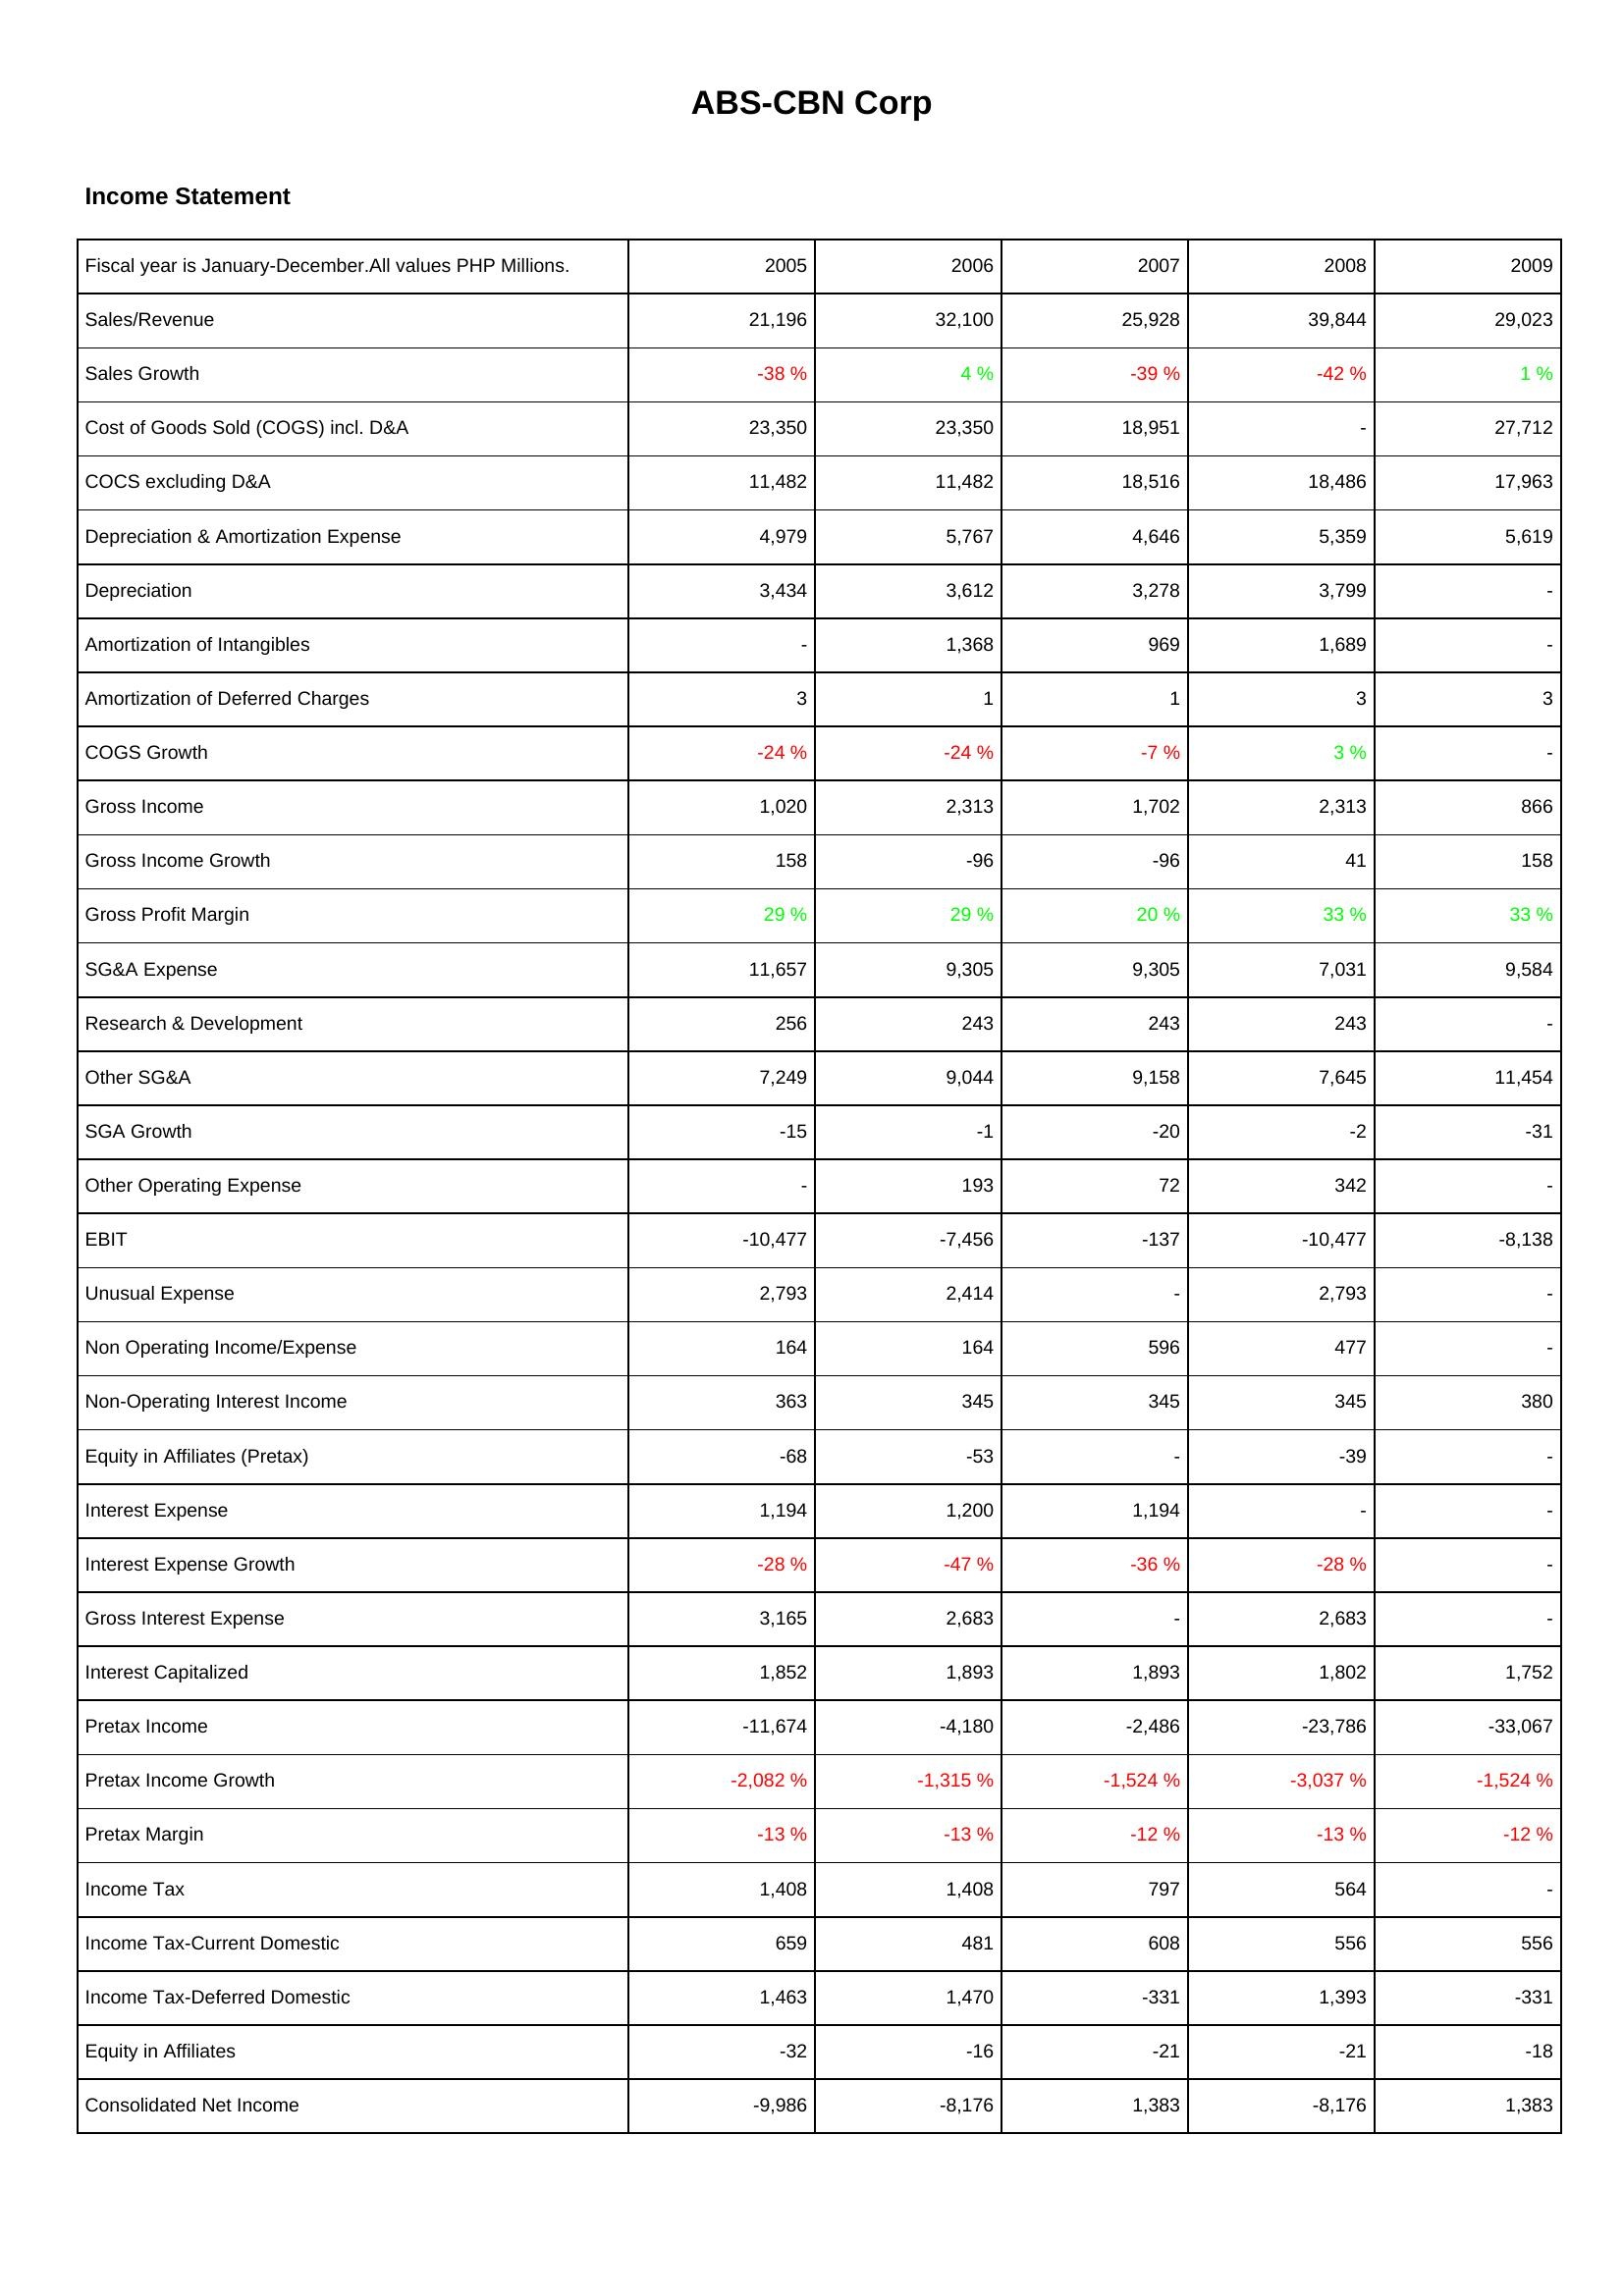
2005: Income Statement: Sales/Revenue: 21,196
Sales Growth: -38 %
Cost of Goods Sold (COGS) incl. D&A: 23,350
COCS excluding D&A: 11,482
Depreciation & Amortization Expense: 4,979
Depreciation: 3,434
Amortization of Intangibles: -
Amortization of Deferred Charges: 3
COGS Growth: -24 %
Gross Income: 1,020
Gross Income Growth: 158
Gross Profit Margin: 29 %
SG&A Expense: 11,657
Research & Development: 256
Other SG&A: 7,249
SGA Growth: -15
Other Operating Expense: -
EBIT: -10,477
Unusual Expense: 2,793
Non Operating Income/Expense: 164
Non-Operating Interest Income: 363
Equity in Affiliates (Pretax): -68
Interest Expense: 1,194
Interest Expense Growth: -28 %
Gross Interest Expense: 3,165
Interest Capitalized: 1,852
Pretax Income: -11,674
Pretax Income Growth: -2,082 %
Pretax Margin: -13 %
Income Tax: 1,408
Income Tax-Current Domestic: 659
Income Tax-Deferred Domestic: 1,463
Equity in Affiliates: -32
Consolidated Net Income: -9,986
2006: Income Statement: Sales/Revenue: 32,100
Sales Growth: 4 %
Cost of Goods Sold (COGS) incl. D&A: 23,350
COCS excluding D&A: 11,482
Depreciation & Amortization Expense: 5,767
Depreciation: 3,612
Amortization of Intangibles: 1,368
Amortization of Deferred Charges: 1
COGS Growth: -24 %
Gross Income: 2,313
Gross Income Growth: -96
Gross Profit Margin: 29 %
SG&A Expense: 9,305
Research & Development: 243
Other SG&A: 9,044
SGA Growth: -1
Other Operating Expense: 193
EBIT: -7,456
Unusual Expense: 2,414
Non Operating Income/Expense: 164
Non-Operating Interest Income: 345
Equity in Affiliates (Pretax): -53
Interest Expense: 1,200
Interest Expense Growth: -47 %
Gross Interest Expense: 2,683
Interest Capitalized: 1,893
Pretax Income: -4,180
Pretax Income Growth: -1,315 %
Pretax Margin: -13 %
Income Tax: 1,408
Income Tax-Current Domestic: 481
Income Tax-Deferred Domestic: 1,470
Equity in Affiliates: -16
Consolidated Net Income: -8,176
2007: Income Statement: Sales/Revenue: 25,928
Sales Growth: -39 %
Cost of Goods Sold (COGS) incl. D&A: 18,951
COCS excluding D&A: 18,516
Depreciation & Amortization Expense: 4,646
Depreciation: 3,278
Amortization of Intangibles: 969
Amortization of Deferred Charges: 1
COGS Growth: -7 %
Gross Income: 1,702
Gross Income Growth: -96
Gross Profit Margin: 20 %
SG&A Expense: 9,305
Research & Development: 243
Other SG&A: 9,158
SGA Growth: -20
Other Operating Expense: 72
EBIT: -137
Unusual Expense: -
Non Operating Income/Expense: 596
Non-Operating Interest Income: 345
Equity in Affiliates (Pretax): -
Interest Expense: 1,194
Interest Expense Growth: -36 %
Gross Interest Expense: -
Interest Capitalized: 1,893
Pretax Income: -2,486
Pretax Income Growth: -1,524 %
Pretax Margin: -12 %
Income Tax: 797
Income Tax-Current Domestic: 608
Income Tax-Deferred Domestic: -331
Equity in Affiliates: -21
Consolidated Net Income: 1,383
2008: Income Statement: Sales/Revenue: 39,844
Sales Growth: -42 %
Cost of Goods Sold (COGS) incl. D&A: -
COCS excluding D&A: 18,486
Depreciation & Amortization Expense: 5,359
Depreciation: 3,799
Amortization of Intangibles: 1,689
Amortization of Deferred Charges: 3
COGS Growth: 3 %
Gross Income: 2,313
Gross Income Growth: 41
Gross Profit Margin: 33 %
SG&A Expense: 7,031
Research & Development: 243
Other SG&A: 7,645
SGA Growth: -2
Other Operating Expense: 342
EBIT: -10,477
Unusual Expense: 2,793
Non Operating Income/Expense: 477
Non-Operating Interest Income: 345
Equity in Affiliates (Pretax): -39
Interest Expense: -
Interest Expense Growth: -28 %
Gross Interest Expense: 2,683
Interest Capitalized: 1,802
Pretax Income: -23,786
Pretax Income Growth: -3,037 %
Pretax Margin: -13 %
Income Tax: 564
Income Tax-Current Domestic: 556
Income Tax-Deferred Domestic: 1,393
Equity in Affiliates: -21
Consolidated Net Income: -8,176
2009: Income Statement: Sales/Revenue: 29,023
Sales Growth: 1 %
Cost of Goods Sold (COGS) incl. D&A: 27,712
COCS excluding D&A: 17,963
Depreciation & Amortization Expense: 5,619
Depreciation: -
Amortization of Intangibles: -
Amortization of Deferred Charges: 3
COGS Growth: -
Gross Income: 866
Gross Income Growth: 158
Gross Profit Margin: 33 %
SG&A Expense: 9,584
Research & Development: -
Other SG&A: 11,454
SGA Growth: -31
Other Operating Expense: -
EBIT: -8,138
Unusual Expense: -
Non Operating Income/Expense: -
Non-Operating Interest Income: 380
Equity in Affiliates (Pretax): -
Interest Expense: -
Interest Expense Growth: -
Gross Interest Expense: -
Interest Capitalized: 1,752
Pretax Income: -33,067
Pretax Income Growth: -1,524 %
Pretax Margin: -12 %
Income Tax: -
Income Tax-Current Domestic: 556
Income Tax-Deferred Domestic: -331
Equity in Affiliates: -18
Consolidated Net Income: 1,383